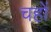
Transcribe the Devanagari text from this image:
चहों